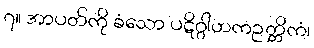
၇။ အာပတ်ကို ခံသော ပဋိဂ္ဂါဟကဉတ္တိကံ၊